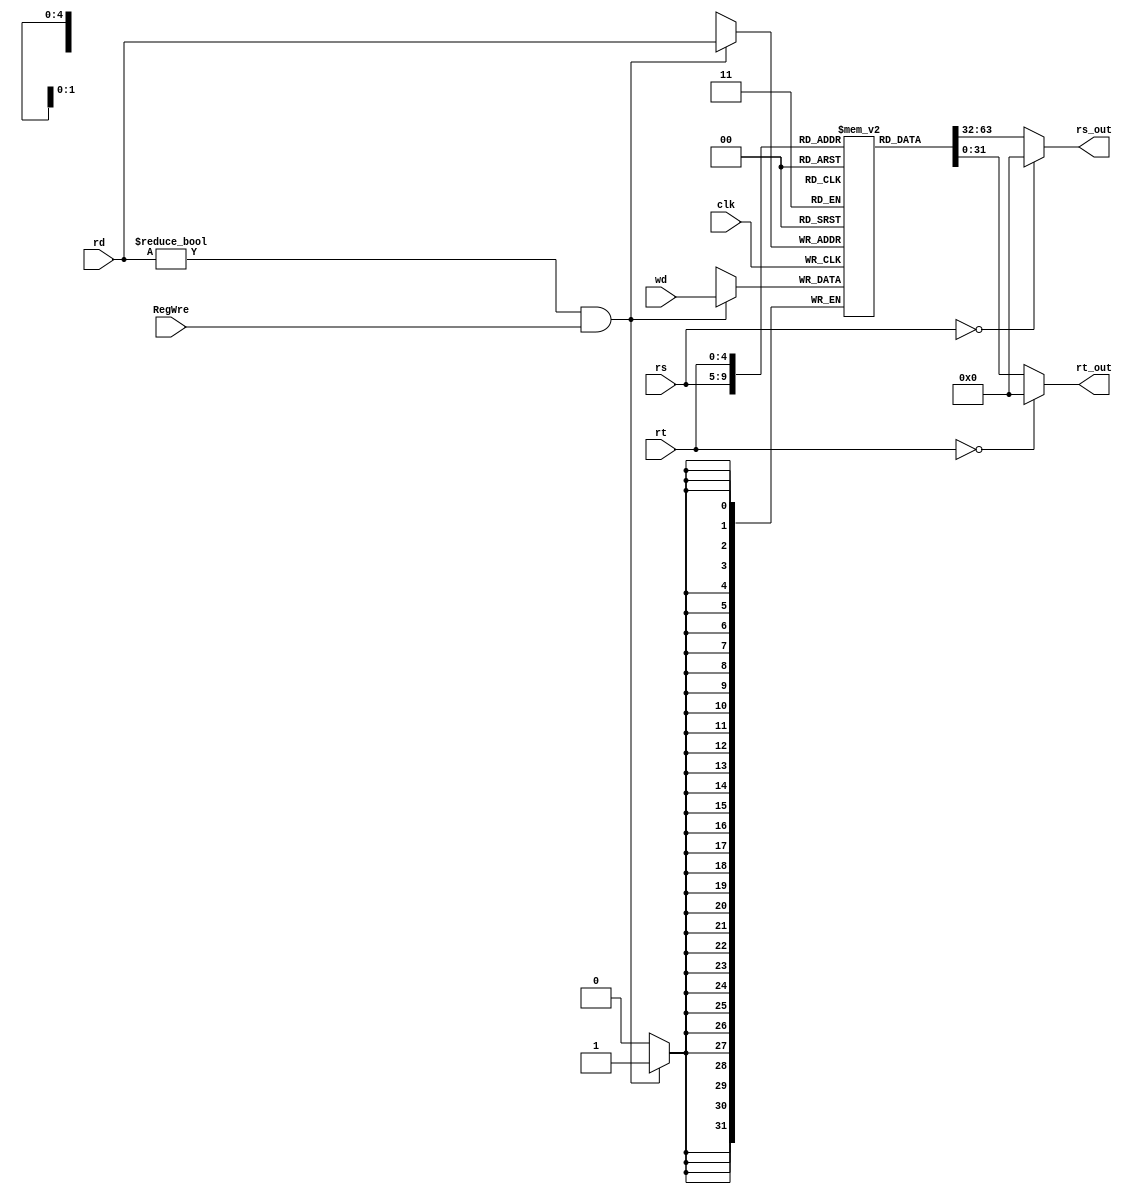
`timescale 1ns / 1ps
//////////////////////////////////////////////////////////////////////////////////
// Company: 
// Engineer: 
// 
// Design Name: 
// Module Name:    Regfile 
// Project Name: 
// Target Devices: 
// Tool versions: 
// Description: 
//
// Dependencies: 
//
// Revision: 
// Revision 0.01 - File Created
// Additional Comments: 
//
//////////////////////////////////////////////////////////////////////////////////

module Regfile(rs,rt,rd,wd,RegWre,clk,rs_out,rt_out);
	input 	[4:0]	rs,rt,rd;                             // 
	input 	[31:0] 	wd;
	input		RegWre,clk;
	output 	[31:0] 	rs_out, rt_out;
	reg 	[31:0] 	register [31:1];                      // 13100
	initial begin
	end
	always @(negedge clk)
		begin
			$display("rd %b", rd);
			$display("wd %b", wd);
			if ((rd != 0) && (RegWre == 1))                // rd
			register[rd] = wd;
		end
	assign rs_out = (rs == 0)? 0 : register[rs];         // rs
	assign rt_out = (rt == 0)? 0 : register[rt];         // rt
endmodule